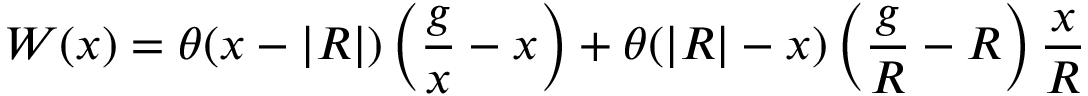
W ( x ) = \theta ( x - | R | ) \left( { \frac { g } { x } } - x \right) + \theta ( | R | - x ) \left( { \frac { g } { R } } - R \right) { \frac { x } { R } }